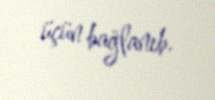
üçün bağlanıb.